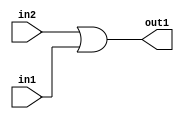
`timescale 1ps / 1ps
/*****************************************************************************
    Verilog RTL Description
    
    
    Created by: Stratus DpOpt 2019.1.01 
*******************************************************************************/

module GauFilter_Or_1Ux1U_1U_4 (
	in2,
	in1,
	out1
	); /* architecture "behavioural" */ 
input  in2,
	in1;
output  out1;
wire  asc001;

assign asc001 = 
	(in2)
	|(in1);

assign out1 = asc001;
endmodule

/* CADENCE  urfwSws= : u9/ySgnWtBlWxVPRXgAZ4Og= ** DO NOT EDIT THIS LINE ******/